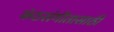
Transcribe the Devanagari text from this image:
कंठसंगीतासाठी